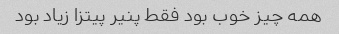
همه چیز خوب بود فقط پنیر پیتزا زیاد بود